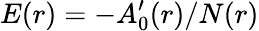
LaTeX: E(r)=-A_{0}^{\prime}(r)/N(r)